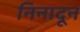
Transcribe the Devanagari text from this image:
निनादून